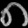
Digit: ၈